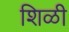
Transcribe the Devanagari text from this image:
शिळी